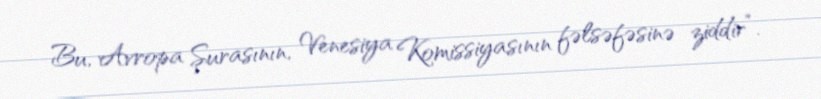
Bu, Avropa Şurasının, Venesiya Komissiyasının fəlsəfəsinə ziddir”.